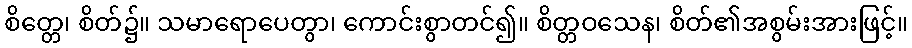
စိတ္တေ၊ စိတ်၌။ သမာရောပေတွာ၊ ကောင်းစွာတင်၍။ စိတ္တဝသေန၊ စိတ်၏အစွမ်းအားဖြင့်။